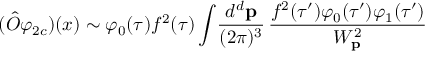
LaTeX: ( \hat { O } \varphi _ { 2 c } ) ( x ) \sim \varphi _ { 0 } ( \tau ) f ^ { 2 } ( \tau ) \int \! { \frac { d ^ { d } { \bf p } } { ( 2 \pi ) ^ { 3 } } } \, { \frac { f ^ { 2 } ( \tau ^ { \prime } ) \varphi _ { 0 } ( \tau ^ { \prime } ) \varphi _ { 1 } ( \tau ^ { \prime } ) } { W _ { \bf p } ^ { 2 } } }